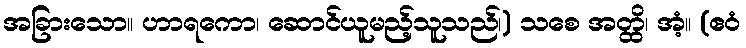
အခြားသော။ ဟာရကော၊ ဆောင်ယူမည့်သူသည်၊) သစေ အတ္ထိ၊ အံ့။ (ဧဝံ